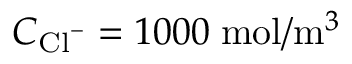
C _ { { \mathrm { C l } } ^ { - } } = 1 0 0 0 \; \mathrm { m o l } / \mathrm { m } ^ { 3 }